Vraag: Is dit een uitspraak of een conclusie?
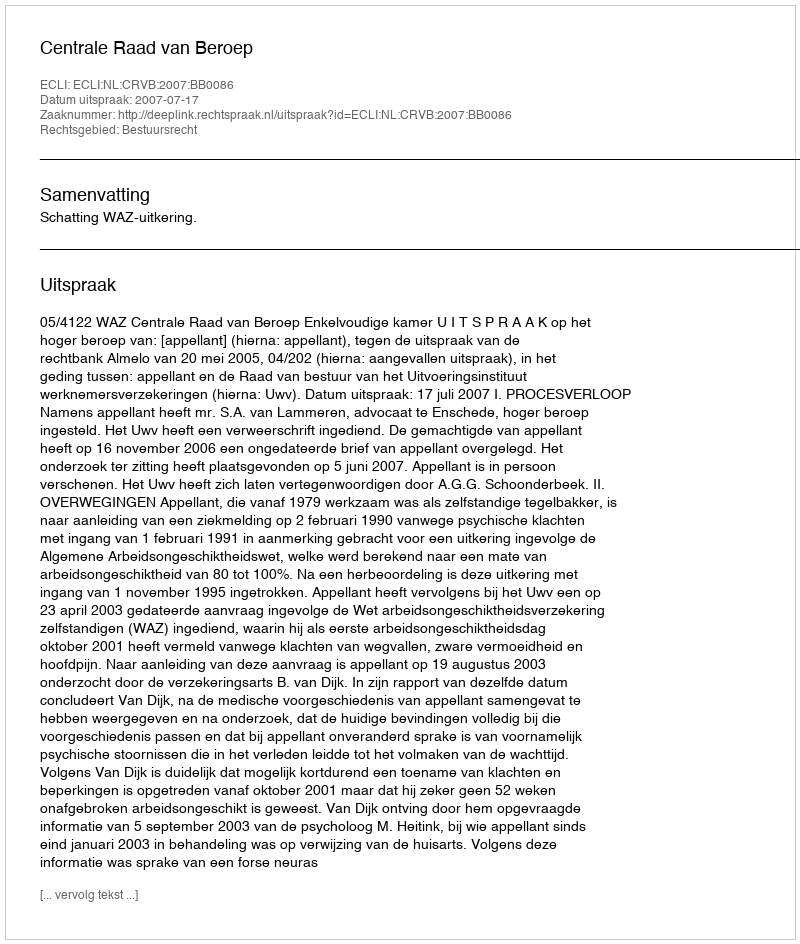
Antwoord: Uitspraak